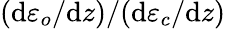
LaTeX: (\mathrm{d}\varepsilon_{o}/\mathrm{d}z)/(\mathrm{d}\varepsilon_{c}/\mathrm{d}z)